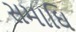
સમાઘિ